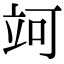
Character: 𥩤